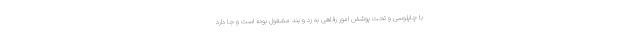
با چاپلوسی و تحت پوشش امور رفاهی به زد و بند مشغول بوده است و جا دارد